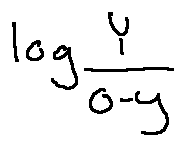
\log \frac { Y } { o - y }